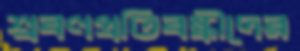
শ্রবণপ্রতিবন্ধীদের